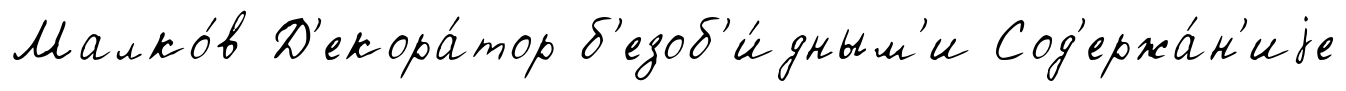
Малко́в Д'екора́тор б'езоб'и́дным'и Сод'ержа́н'иjе